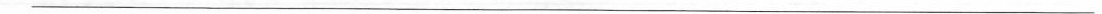
___